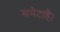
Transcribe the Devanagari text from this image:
समेटाहै।